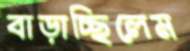
বাড়াচ্ছিলেম